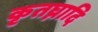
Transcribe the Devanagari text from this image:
कृतघ्नादि